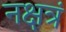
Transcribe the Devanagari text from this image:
नक्षत्रं